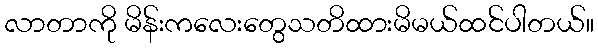
လာတာကို မိန်းကလေးတွေသတိထားမိမယ်ထင်ပါတယ်။